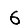
Digit: 6